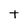
Character: t